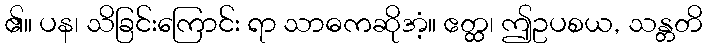
၏။ ပန၊ သိခြင်းကြောင်း ရာ သာဓကဆိုအံ့။ ဧတ္ထ၊ ဤဥပစယ, သန္တတိ